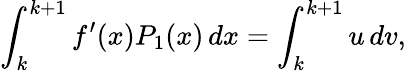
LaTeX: \int_{k}^{k+1}f^{\prime}(x)P_{1}(x)\, dx=\int_{k}^{k+1}u\, dv,